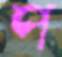
প